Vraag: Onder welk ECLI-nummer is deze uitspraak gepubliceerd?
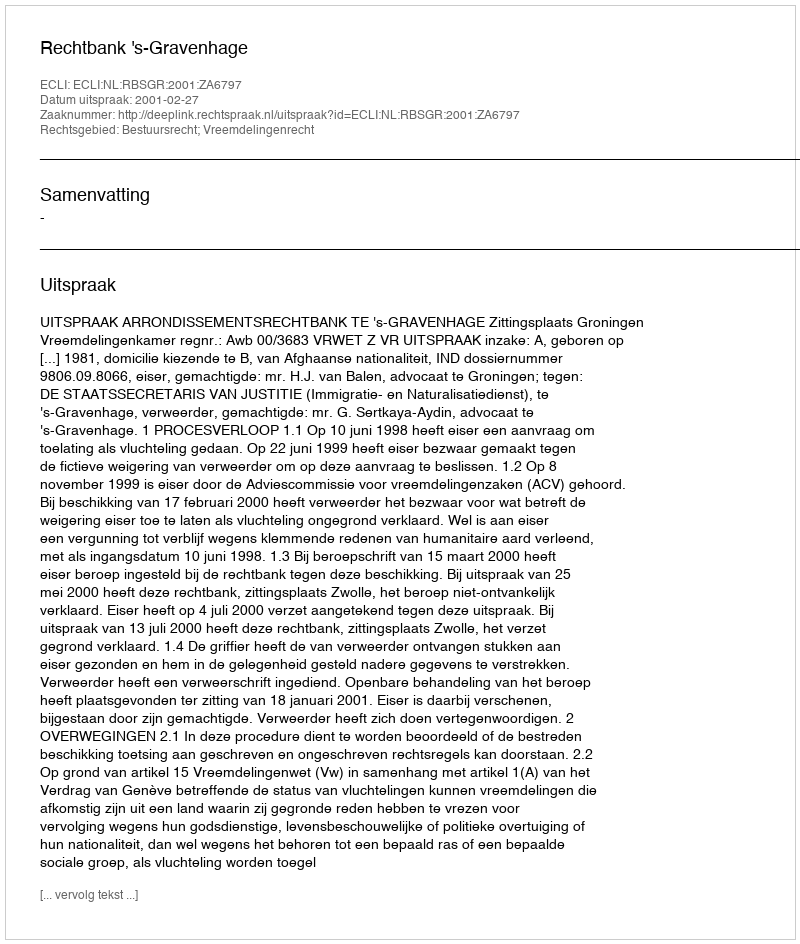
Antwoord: ECLI:NL:RBSGR:2001:ZA6797